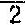
2